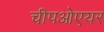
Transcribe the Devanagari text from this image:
चीपओएयर